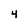
Character: 4